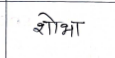
मजकूर: शोभा